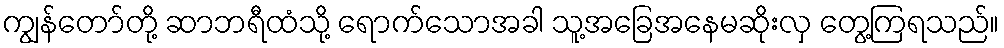
ကျွန်တော်တို့ ဆာဘရီထံသို့ ရောက်သောအခါ သူ့အခြေအနေမဆိုးလှ တွေ့ကြရသည်။